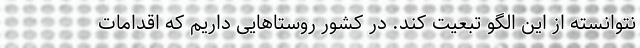
نتوانسته از این الگو تبعیت کند. در کشور روستاهایی داریم که اقدامات